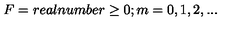
F = r e a l n u m b e r \geq 0 ; m = 0 , 1 , 2 , . . .